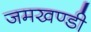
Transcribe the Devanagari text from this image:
जमखण्डी